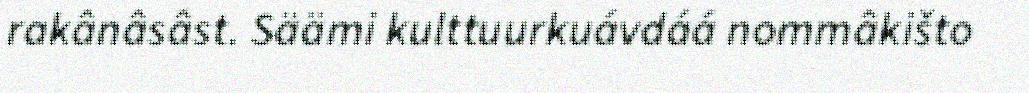
rakânâsâst. Säämi kulttuurkuávdáá nommâkišto